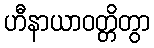
ဟီနာယာဝတ္တိတွာ